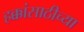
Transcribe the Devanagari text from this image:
हक्कांसाठीच्या